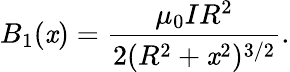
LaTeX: B_{1}(\mathit{x})={\frac{{\mu_{0}IR^{2}}}{{2(R^{2}+\mathit{x}^{2})^{3/2}}}}.